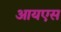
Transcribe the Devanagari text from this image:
आयएस